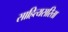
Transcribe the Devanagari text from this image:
साहित्यसरिता